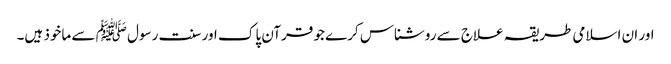
اور ان اسلامی طریقہ علاج سے روشناس کرے جو قرآن پاک اور سنت رسول ﷺ سے ماخوذ ہیں۔